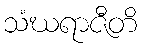
သံဃရာဇီတိ